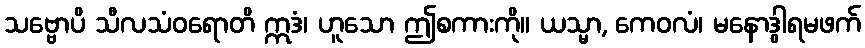
သဗ္ဗောပိ သီလသံဝရောတိ ဣဒံ၊ ဟူသော ဤစကားကို။ ယသ္မာ, ကေဝလံ၊ မနောဒွါရမဖက်